Leaving Certificate Examination, 1902
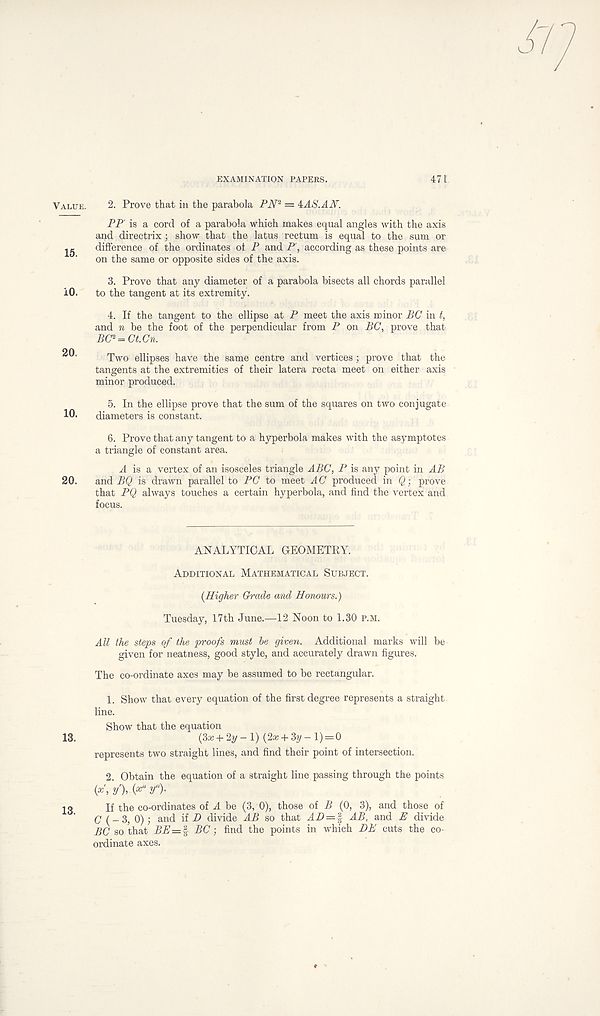
EXAMINATION PAPERS.
471
Value.
15.
10.
20.
10.
20.
13.
13.
2. Prove that in the parabola PN 2 — iAS.AN.
PP' is a cord of a parabola which makes equal angles with the axis
and directrix; show that the latus rectum is equal to the sum or
difference of the ordinates of P and P, according as these points are
on the same or opposite sides of the axis.
3. Prove that any diameter of a parabola bisects all chords parallel
to the tangent at its extremity.
4. If the tangent to the ellipse at P meet the axis minor BG in t,
and n be the foot of the perpendicular from P on BC, prove that
BC 2 = Ct.Cn.
Two ellipses have the same centre and vertices; prove that the
tangents at the extremities of their latera recta meet on either axis
minor produced.
5. In the ellipse prove that the sum of the squares on two conjugate
diameters is constant.
6. Prove that any tangent to a hyperbola makes with the asymptotes
a triangle of constant area.
A is a vertex of an isosceles triangle ABC, P is any point in AB
and BQ is drawn parallel to PC to meet AC produced in Q; prove
that PQ always touches a certain hyperbola, and find the vertex and
focus.
ANALYTICAL GEOMETRY.
Additional Mathematical Subject.
{Higher Grade and Honours.)
Tuesday, 17th June.—12 Noon to 1.30 P.M.
All the steps of the proofs must be given. Additional marks will be
given for neatness, good style, and accurately drawn figures.
The co-ordinate axes may be assumed to be rectangular.
1. Show that every equation of the first degree represents a straight
line.
Show that the equation
(3x + 2y- 1) (2a; + 3y- 1) = 0
represents two straight lines, and find their point of intersection.
2. Obtain the equation of a straight line passing through the points
(*' , y), ( x “ v“)'
If the co-ordinates of A be (3, 0), those of B (0, 3), and those of
(7 (-3, 0); and if D divide AB so that AD — % AB, and P divide
BC so that BE=% BC; find the points in which DB cuts the co-
ordinate axes.